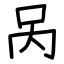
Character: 呙